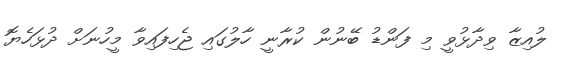
ލުއިޒާ ވިދާޅުވީ މި ފަންޑު ބޭނުން ކުރާނީ ހާލުގައި ޖެހިފައިވާ މީހުނަށް ދުޅަހެޔޮ